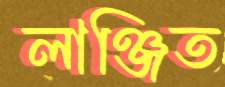
লাঞ্জিত